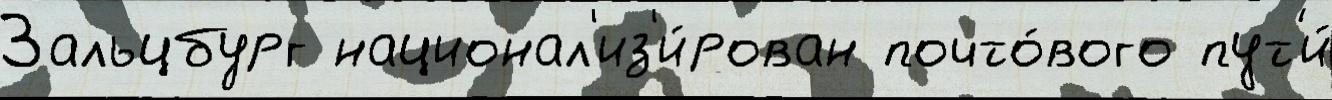
Зальцбург национал'из'и́рован почто́вого пут'и́